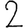
Digit: 2